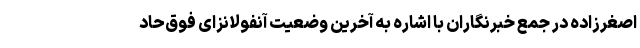
اصغرزاده در جمع خبرنگاران با اشاره به آخرین وضعیت آنفولانزای فوق‌حاد